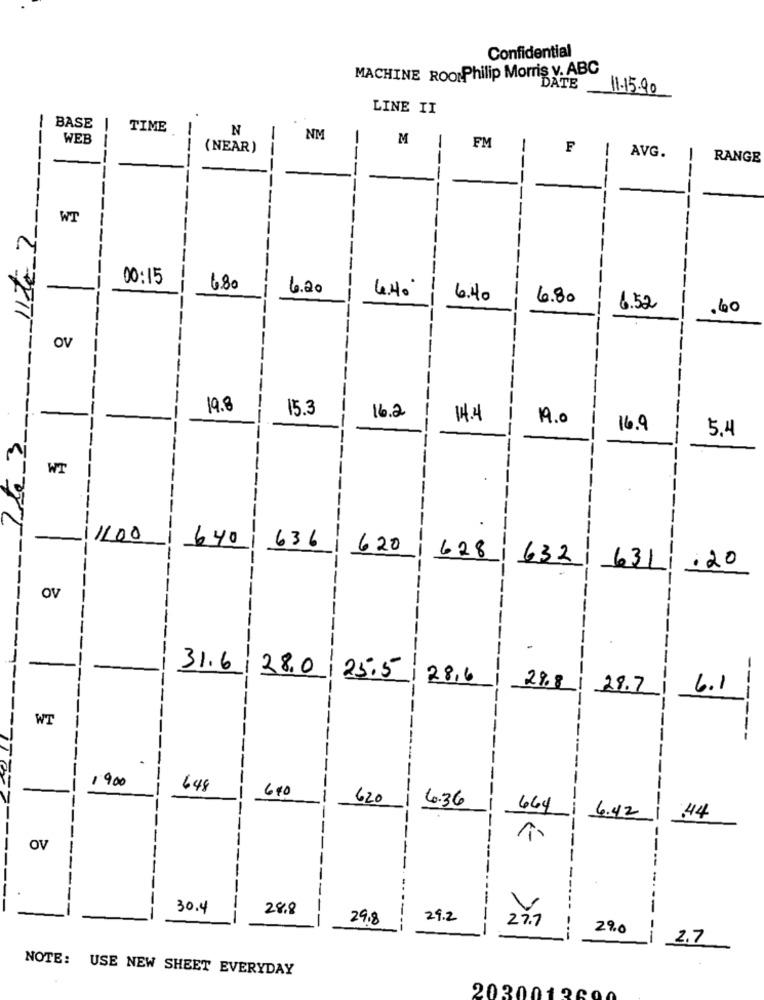
Confidential
MACHINE ROOMPhilip Morris v. ABC
DATE
11-15-90
LINE II
! BASE
TIME
N
WEB
NM
M
--
(NEAR)
FM
F
AVG.
--
--
--
RANGE
--
-----
-
WT
-----
2
-
00:15
6.80
6.20
6.40
6.80
-
6.52
,60
OV
---
19.8
15.3
16.2
14.4
1A.0
16.9
5.4
WT
1100
640
636
620
628
632
.20
631
-
OV
-
-
-
31.6 28.0 25.5
28,6
---
2%8
28.7
6.1
---
WT
1900
648
640
620
-
- -
6.36
664
4.42
.44
OV
-
30.4
28.8
V
-
29.8
29.2
--
27.7
29.0
2.7
NOTE: USE NEW SHEET EVERYDAY
2030012600